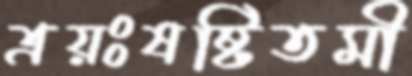
ত্রয়ঃষষ্টিতমী